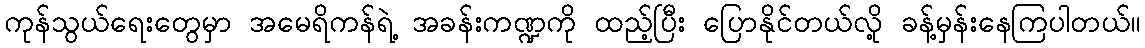
ကုန်သွယ်ရေးတွေမှာ အမေရိကန်ရဲ့ အခန်းကဏ္ဍကို ထည့်ပြီး ပြောနိုင်တယ်လို့ ခန့်မှန်းနေကြပါတယ်။